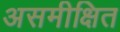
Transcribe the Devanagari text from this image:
असमीक्षित